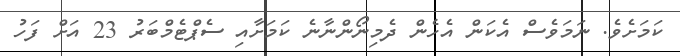
ކަމަށެވެ. ނަމަވެސް އެކަން އެހެން ދެމިނޯންނާނެ ކަަމަށާއި ސެޕްޓެމްބަރު 23 އަށް ފަހު